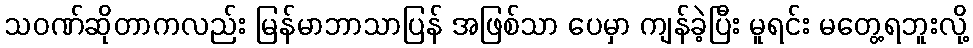
သဝဏ်ဆိုတာကလည်း မြန်မာဘာသာပြန် အဖြစ်သာ ပေမှာ ကျန်ခဲ့ပြီး မူရင်း မတွေ့ရဘူးလို့